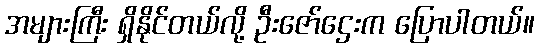
အများကြီး ရှိနိုင်တယ်လို့ ဦးဇော်ဌေးက ပြောပါတယ်။